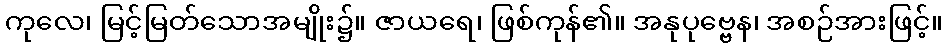
ကုလေ၊ မြင့်မြတ်သောအမျိုး၌။ ဇာယရေ၊ ဖြစ်ကုန်၏။ အနုပုဗ္ဗေန၊ အစဉ်အားဖြင့်။